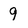
Character: 9